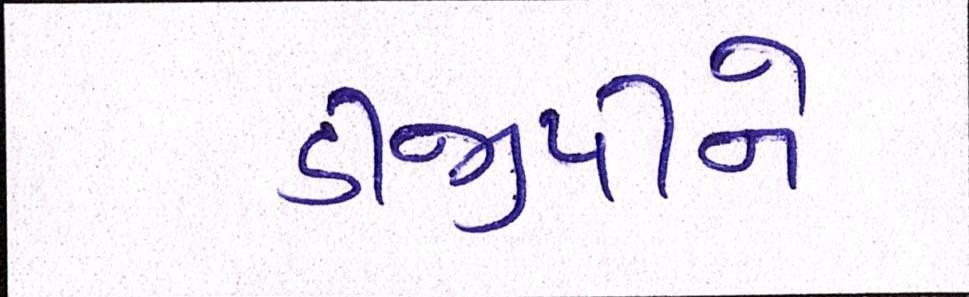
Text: ડીજીપીને